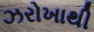
ઝરોખાથી